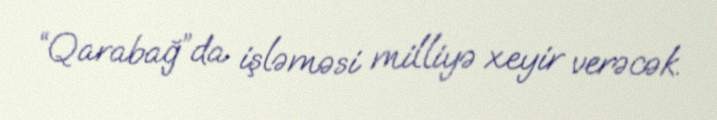
“Qarabağ”da işləməsi milliyə xeyir verəcək.